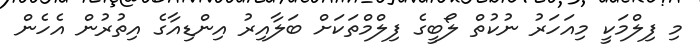
މި ފިލްމަކީ މިއަހަރު ނުކުތް ލޯބީގެ ފިލްމްތަކަށް ބަލާއިރު އިންޑިއާގެ އިތުރުން އެހެން